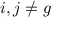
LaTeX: { i , j } \neq g